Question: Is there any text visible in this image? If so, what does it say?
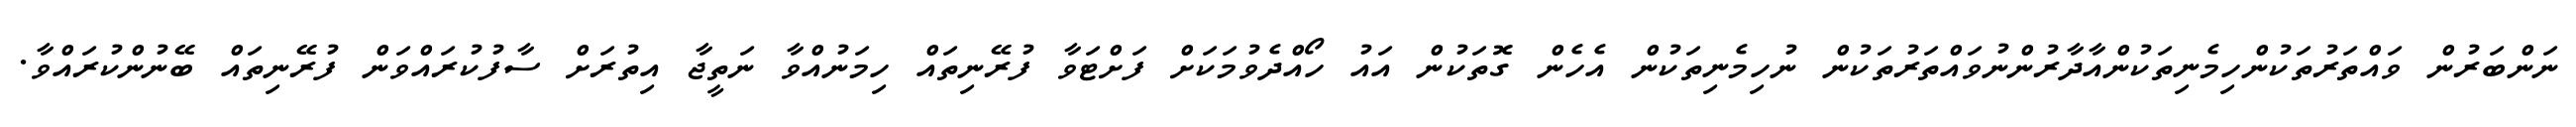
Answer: ނަންބަރުން ވައްތަރުތަކުންހިމެނިތަކުންއާދާރުންނުވައްތަރުތަކުން ނުހިމެނިތަކުން އެހެން ގޮތަކުން އައު ހޯއްދެވުމަކަށް ފަށްޓަވާ ފުރޭނިތައް ހިމަނުއްވާ ނަތީޖާ އިތުރަށް ސާފުކުރައްވަން ފުރޭނިތައް ބޭނުންކުރައްވާ.